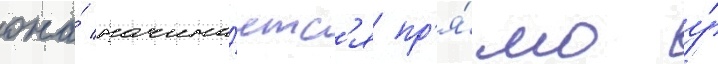
она́ начина́етс'я пр'я́мо у́